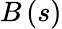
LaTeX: B\left(s\right)